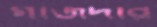
গাজদার